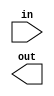

// @file decode_7seg.v
// @breif 7SEG-LED 
// @author Yusuke Matsunaga ( )
//
// Copyright (C) 2019 Yusuke Matsunaga
// All rights reserved.
//
// []
// 7SEG-LED  0-9, A-F 
//
// []
// in:  (4)
// out: (8)
module decode_7seg(input [3:0] in,
		   output [7:0] out);

endmodule // decode_7seg